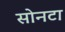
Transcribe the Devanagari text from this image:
सोनटा